Lunatic asylums Central Provinces reports 1910-1926 - 1910-1926
Year: 1910
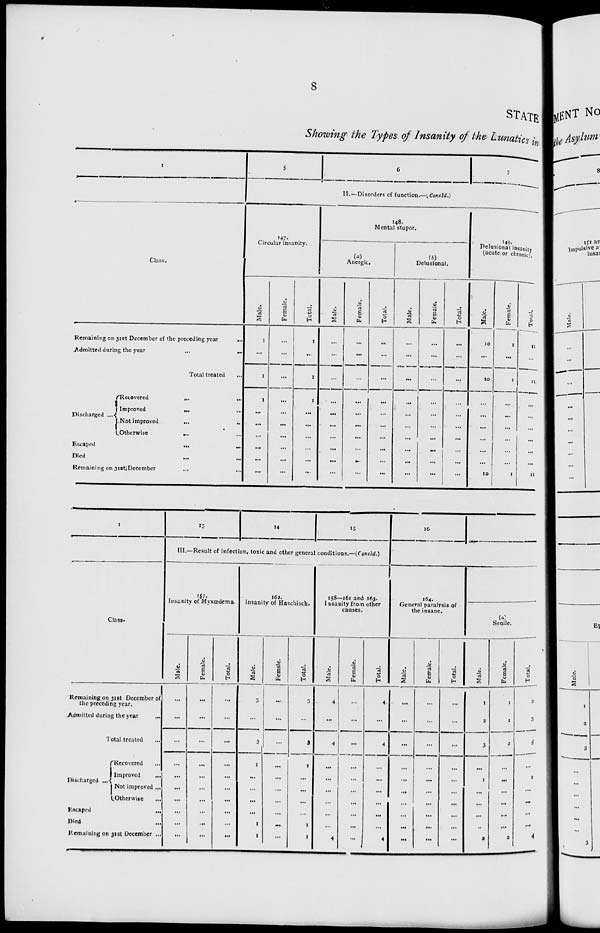
8
STATE
Showing the Types of Insanity of the Lunatics in
1
Class.
Remaining on 31st December of the preceding year
...
Admitted during the year
...
...
Total treated ...
Discharged ...
Recovered
...
...
Improved ... ...
Not improved
...
...
Otherwise
...
...
Escaped
...
...
Died ... ...
Remaining on 31st December ... ...
5
6
7
II.—Disorders of function.—(Concld.)
147.
Circular insanity.
Male.
1
...
1
1
...
...
...
...
...
...
Female.
...
...
...
...
...
...
...
...
...
...
Total.
1
...
1
1
...
...
...
...
...
...
148.
Mental stupor.
(a)
Anergic.
Male.
...
...
...
...
...
...
...
...
...
...
Female.
...
...
...
...
...
...
...
...
...
...
Total.
...
...
...
...
...
...
...
...
...
...
(b)
Delusional.
Male.
...
...
...
...
...
...
...
...
...
...
Female.
...
...
...
...
...
...
...
...
...
...
Total.
...
...
...
...
...
...
...
...
...
...
149.
Delusional insanity
(acute or chronic)
Male.
10
...
10
...
...
...
...
...
...
10
Female.
1
...
1
...
...
...
...
...
...
1
Total.
11
...
11
...
...
...
...
...
11
1
Class.
Remaining on 31st December of
the preceding year.
Admitted during the year
...
Total treated ...
Discharged ...
Recovered ...
Improved ...
Not improved ...
Otherwise ...
Escaped
...
Died ...
Remaining on 31st December ...
13
14
15
III.—Result of infection, toxic and other general conditions.—(Concld.)
157.
Insanity of Myœdema.
Male.
...
...
...
...
...
...
...
...
...
...
Female.
...
...
...
...
...
...
...
...
...
...
Total.
...
...
...
...
...
...
...
...
...
...
162.
Insanity of Haschisch.
Male.
3
...
3
1
...
...
...
...
1
1
Female.
...
...
...
...
...
...
...
...
...
...
Total.
3
...
3
1
...
...
...
...
1
1
158—161 and 163.
Insanity from other
causes.
Male.
4
...
4
...
...
...
...
...
...
4
Female.
...
...
...
...
...
...
...
...
...
...
Total.
4
...
4
...
...
...
...
...
...
4
16
164.
General paralysis of
the insane.
Male.
...
...
...
...
...
...
...
...
...
...
Female.
...
...
...
...
...
...
...
...
...
...
Total.
...
...
...
...
...
...
...
...
...
(a)
Senile.
Male.
1
2
3
...
1
...
...
...
...
2
Female.
1
1
2
...
...
...
...
...
...
2
Total.
3
3
5
...
1
...
...
...
...
4